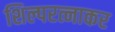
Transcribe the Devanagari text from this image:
शिल्परत्नाकर